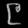
Digit: ၉